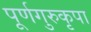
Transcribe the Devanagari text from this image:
पूर्णगुरुकृपा